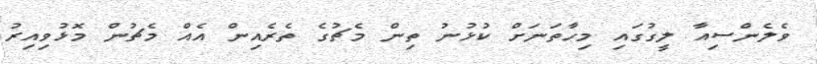
ވެލެންސިއާ ލީގުގައި މިހާތަނަށް ކުޅުނު ތިން މެޗުގެ ތެރެއިން އެއް މެޗުން މޮޅުވިއިރު